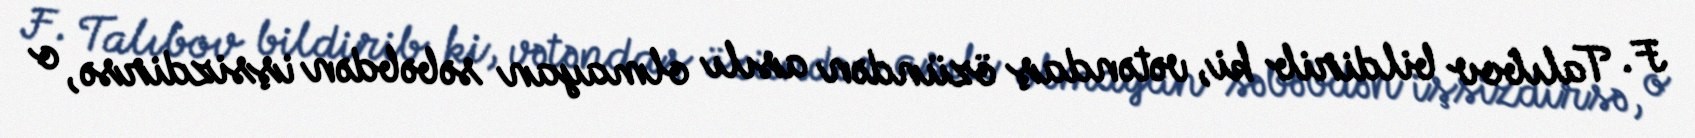
F. Talıbov bildirib ki, vətəndaş özündən asılı olmayan səbəbdən işsizdirsə, o